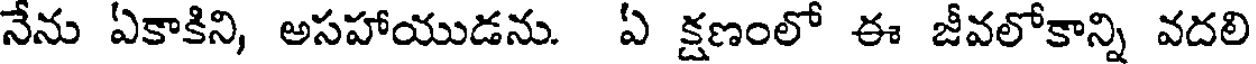
నేను ఏకాకిని, అసహాయుడను. ఏ క్షణంలో ఈ జీవలోకాన్ని వదలి